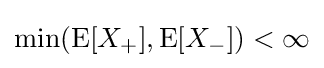
\min(\operatorname {E} [X_{+}],\operatorname {E} [X_{-}])<\infty